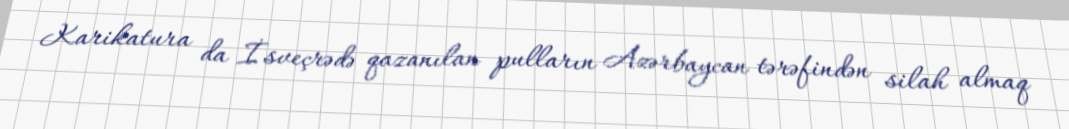
Karikatura da İsveçrədə qazanılan pulların Azərbaycan tərəfindən silah almaq